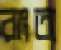
রাংতা